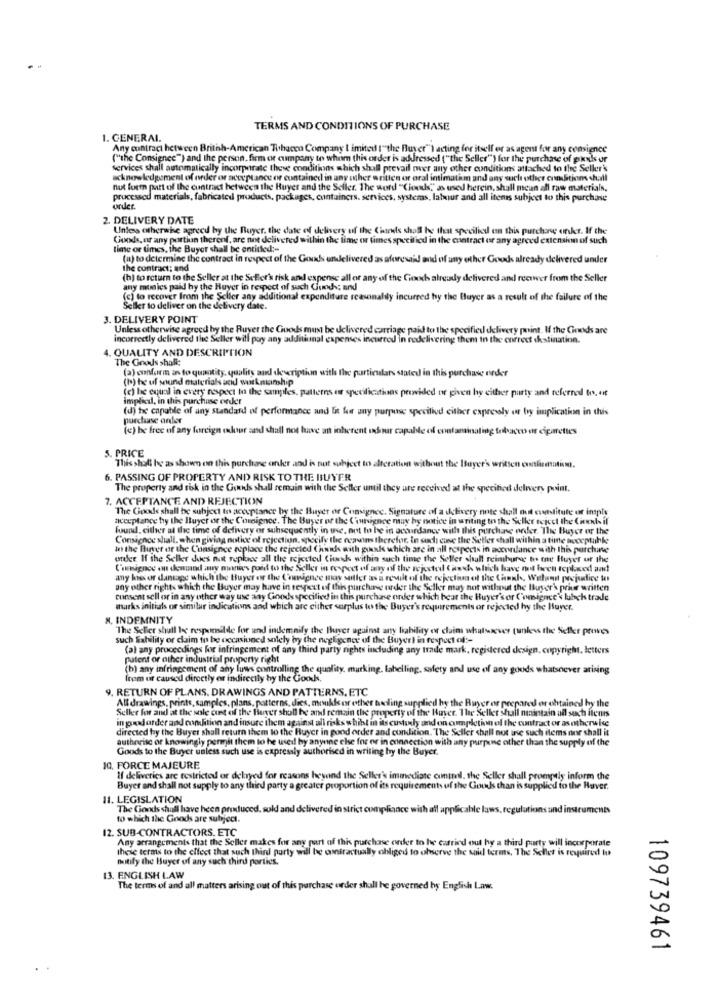
TERMS AND CONDITIONS OF PURCHASE
1. GENERAL.
Any contract between British-American Tobacco Company I imited I"the Buyer"1 acting for itself er as agent for any consignce
("the Consignee") and the person, firm or cumpany to whom this order is addressed ("the Seller") for the purchase of pris or
services shall automatically incorporate these conditions which shall prevail twer any other conditions attached to the Seller's
acknowledgement of order or acceptance or contained in any other written or oral intimatium and any such other conStions shall
nut form putt of the cuntract between the Buyer and the Seller. The word "Clouds," as used herein, shall mean all raw materials,
processed materials, fabricated products, packages, containers. services, systems, labour and all items subject to this purchase
order.
2. DELIVERY DATE
Unless otherwise agreed by the Buyer, the date of delivery of the Ciels shall be that specified en this purchore unkr. If the
Goods, or any portiun therenf, are not delivered within the lime or times specified in the contract or any agreed extension of such
time or times, the Buyer shall be entitled :-
(a) to determine the contract in respect of the Goods undelivered as aforesaid and of any other Goods already delivered under
the contract; and
(h) to return to the Seller at the Seller's risk and expense all or any of the Goods already delivered and reewwer from the Seller
any mimics paid by the Buyer in respect of such Gunds: and
(c) to recover from the Seller any additional expenditure reasonably incurred by the Buyer as a result of the failure of the
Seller to deliver on the delivery date.
3. DELIVERY POINT
Unless otherwise agreed by the Ruver the Goods must be delivered carriage paid to the specified delivery point. If the Goods are
incorrectly delivered the Seller will pay any additional expenses incurred in redelivering them in the correct destination.
4. QUALITY AND DESCRIPTION
The Goods shall:
(a) confarm ans to quantity, quality and description with the particulars stated in this purchase order
(1) he ul sund materials sid workmanship
(c) he equal in every respect to the samples, patterns er specificaties provided or given by either purty and referred to, et
implied, in this purchase order
(d) be capable of any standard of performance and Et for any purpose specified either expressly or by implication in this
purchase andler
(c) be free of any foreign odour and shall not have an inherent odour capable of enelaminating tobacco or cigarettes
5. PRICE
This shall be as shown on this purchane anker and is not subject to alteration without the Buyer's writ
6. PASSING OF PROPERTY AND RISK TO THE BUYER
The property and sok in the Gods shall remain with the Seller until they are received at the specified delivers point.
7. ACCEPTANCE AND REJECTION
The Goods shall be subject to acceptance by the Buyer or Consignec. Signature of a delivery note shall mit sustitute or imply
acceptance try the Buyer or the Comsignce. The Buyer of the ('runvignee may hy notice in writing to the Seller reject the Cinenb if
found, cither at the time of delivery or subsequently in use, not to be in accordance with this purchase order. The Buyer er the
Consignee shall. when giving notice of rejection, specify the rawins therefor, In such cine the Setler shall within a time soceptable
In the Buyer or the Consignee replace the rejected Chunks with pink which are in all respects in accordance with this porchine
onder H the Seller does not replace all the rejected Ciueks within such time the Seller shall reimburse to the Buyer of the
Consignee on demand any manw's paid to the Seller in respect of any of the rejected (isch which have not been toplowed ans
any loss or dantage which the Buyer or the Comience mov seller as a result of the rejection of the Chunk, Wiland prejudice to
any other rights which the Buyer may have in respect of this purchase order the Seller may not without the Buyer's prior written
consent sell or in any other way use any Cinodsspecified in this purchase order which hear the Buyer's or Comsignce'\ lubcks trade
marks initials or similar indications and which are either surplus to the Buyer's requirements or rejected hy the Buyer.
N. INDEMNITY
"The Scher shull be responsible for and indemnify the Buyer against any liability or claim whatsoever (unless the Seller proves
such liability or claim to be occasioned solely by the negligence of the Buyerl in respect of :-
(a) any proceedings for infringement of any third party rights including any trade mark, registered design, copyright, letters
patent or other industrial property right
(h) any infringement of any luws controlling the quality, marking. labelling, safety and use of any goods whatsoever arising
from ur caused directly or indirectly by the Goods,
9. RETURN OF PLANS. DRAWINGS AND PATTERNS, ETC
Alt drawings, prints, samples, plans, patterns, dies, moukis or other helling supplied hy the Buyer or prepared or obtained by the
Seller for and at the sole cunt of the fever shall be and remain the property of the Haver. The Seller shall maintain ad such itens
in goodorder and comlition and insure them against all risks whist in its custonly and on completion of the contract or asotherwise
directed by the Buyer shall return them to the Buyer in good order and condition. "The Seller shall not use such items nor shall it
authorisc or knowingly permit them to he used by anyone che for or in connection with any purpine other than the supply of the
Goods to the Buyer unless such use is expressly authorised in writing hy the Buyer.
10, FORCE MAJEURE
If deliveries are restricted or delryed for reasons beyond the Seller's immediate control, the Seller shall promptly inform the
Buyer and shall not supply to any third party a greater proportion of its requirements uf the Goods than is supplied to the Haver.
11. LEGISLATION
The Gonds shull have been produced, sold and delivered in strict compliance with all applicable laws, regulations and instruments
to which the Goods are subject.
12. SUB-CONTRACTORS, ETC
Any arrangements that the Seller makes for any part of this purchase order to be carried out hy a third party will incorporate
these terms to the effect that such third party will be contractually obliged to observe the said terms, "The Seller is required to
notify the Buyer of any such third parties.
13. ENGLISH LAW
The terms of and all matters arising out of this purchase order shall he governed by English Law.
109739461